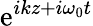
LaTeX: \mathrm{e}^{ikz+i\omega_{0}t}